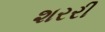
શરરી